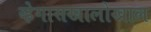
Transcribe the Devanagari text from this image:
व्हेगासखालोखाल